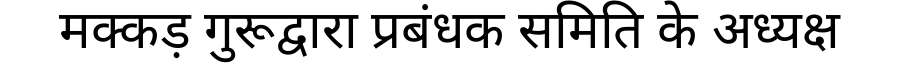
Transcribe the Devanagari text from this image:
मक्कड़ गुरूद्वारा प्रबंधक समिति के अध्यक्ष